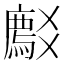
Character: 𬋽